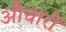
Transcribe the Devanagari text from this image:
औचारों